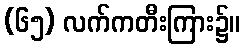
(၆၅) လက်ကတီးကြား၌။